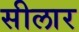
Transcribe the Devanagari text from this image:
सीलार